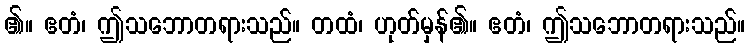
၏။ ဧတံ၊ ဤသဘောတရားသည်။ တထံ၊ ဟုတ်မှန်၏။ ဧတံ၊ ဤသဘောတရားသည်။